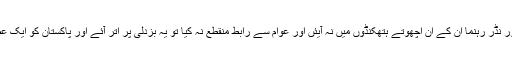
جب پاکستانی عوام کی محبوب اور نڈر رہنما ان کے ان اچھوتے ہتھکنڈوں میں نہ آیئں اور عوام سے رابط منقطع نہ کیا تو یہ بزدلی پر اتر آئے اور پاکستان کو ایک عظیم رہنما سے محروم کر دیا گیا۔